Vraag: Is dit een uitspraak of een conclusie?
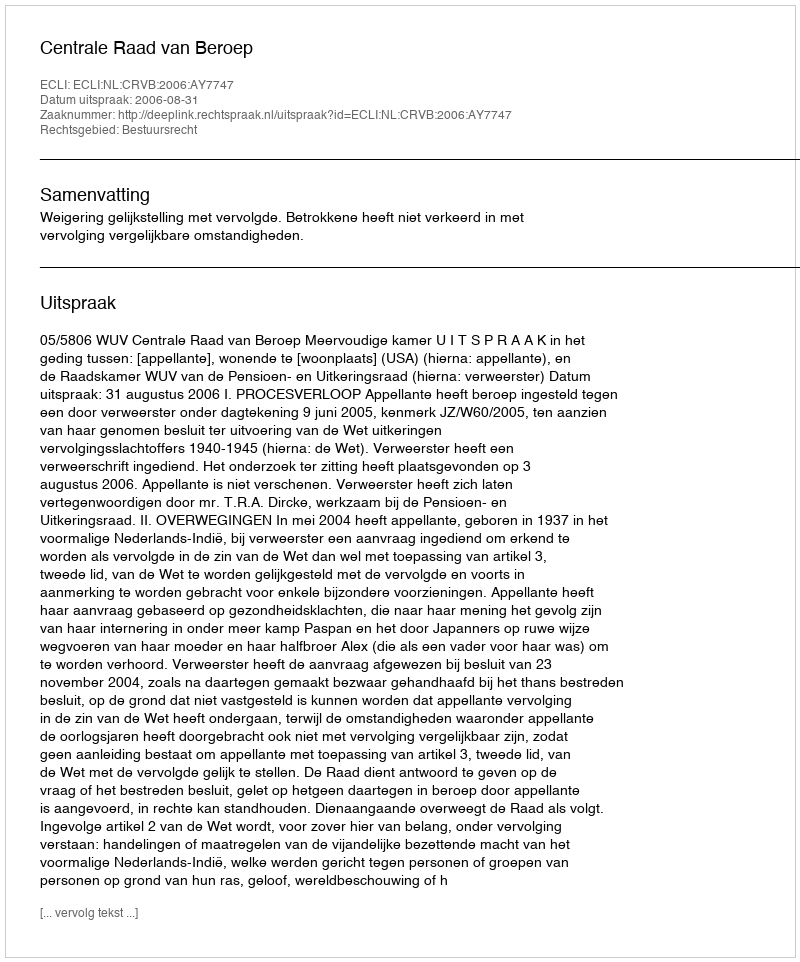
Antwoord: Uitspraak